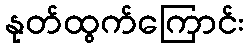
နုတ်ထွက်ကြောင်း